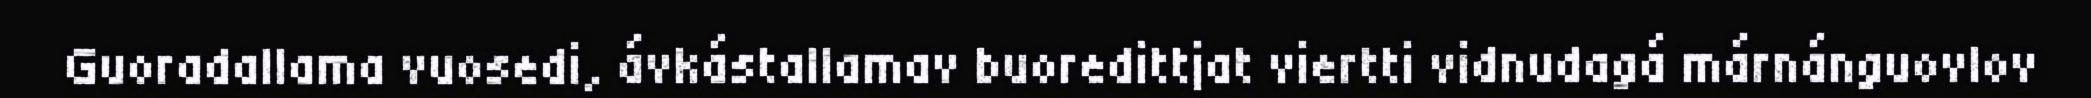
Guoradallama vuosedi, ávkástallamav buoredittjat viertti vidnudagá márnánguovlov